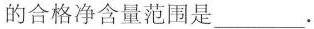
的合格净含量范围是___。